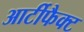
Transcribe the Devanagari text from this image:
आर्टीफैक्ट